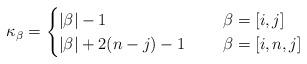
LaTeX: \begin{align*} \kappa_{\beta}= \begin{cases} |\beta|-1 &\quad\ \beta=[i,j]\\ |\beta|+2(n-j)-1 &\quad\ \beta=[i,n,j] \end{cases}\end{align*}